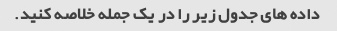
داده های جدول زیر را در یک جمله خلاصه کنید.